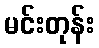
မင်းတုန်း